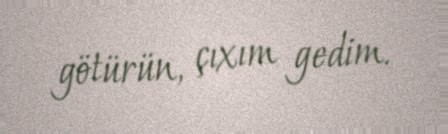
götürün, çıxım gedim.